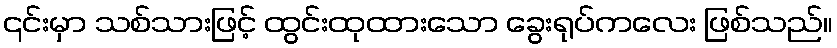
၎င်းမှာ သစ်သားဖြင့် ထွင်းထုထားသော ခွေးရုပ်ကလေး ဖြစ်သည်။